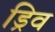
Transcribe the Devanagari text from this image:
ड्रिव